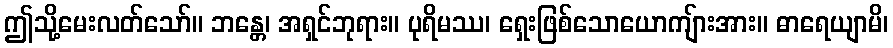
ဤသို့မေးလတ်သော်။ ဘန္တေ၊ အရှင်ဘုရား။ ပုရိမဿ၊ ရှေးဖြစ်သောယောကျ်ားအား။ ဓာရေယျာမိ၊